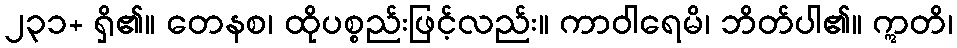
၂၃၁+ ရှိ၏။ တေနစ၊ ထိုပစ္စည်းဖြင့်လည်း။ ကာဝါရေမိ၊ ဘိတ်ပါ၏။ ဣတိ၊